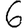
Digit: 6